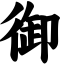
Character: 御